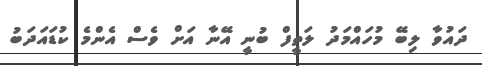
ދައުވާ ލިބޭ މުހައްމަދު ލަތީފް ބުނީ އޭނާ އަށް ވެސް އެންމެ ކުޑައަދަބު